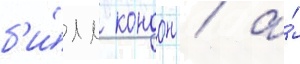
б'и́лл кондон / а́